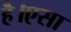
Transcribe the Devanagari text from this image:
है।एसा